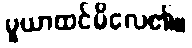
မူယာထင်မိလေ၏။